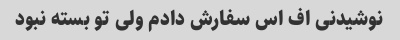
نوشیدنی اف اس سفارش دادم ولی تو بسته نبود